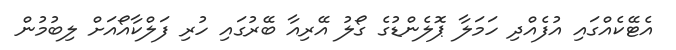
އެޓޭކެއްގައި އުފެއްދި ހަމަލާ ޕޮލެންޑުގެ ގޯލު އޭރިއާ ބޭރުގައި ހުރި ފަލްކާއޯއަށް ލިބުމުން